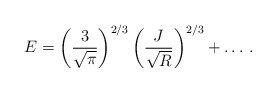
\begin{align*}E=\left(\frac{3}{\sqrt{\pi}}\right)^{2/3}\left(\frac{J}{\sqrt{R}}\right)^{2/3}+\ldots\,.\end{align*}